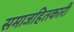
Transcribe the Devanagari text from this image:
समाजहितकारी